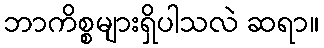
ဘာကိစ္စများရှိပါသလဲ ဆရာ။